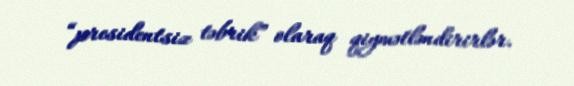
“presidentsiz təbrik” olaraq qiymətləndirirlər.